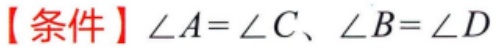
【条件】$\angle A = \angle C$、$\angle B = \angle D$